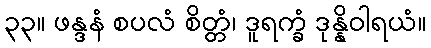
၃၃။ ဖန္ဒနံ စပလံ စိတ္တံ၊ ဒူရက္ခံ ဒုန္နိဝါရယံ။